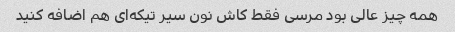
همه چیز عالی بود مرسی فقط کاش نون سیر تیکه‌ای هم اضافه کنید